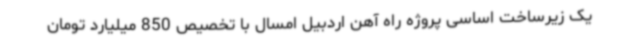
یک زیرساخت اساسی پروژه راه آهن اردبیل امسال با تخصیص 850 میلیارد تومان